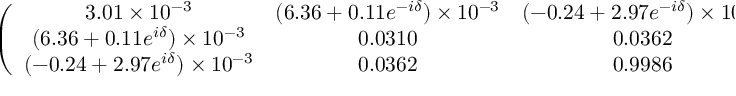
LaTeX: \left( \begin{array} { c c c } { { 3 . 0 1 \times 1 0 ^ { - 3 } } } & { { ( 6 . 3 6 + 0 . 1 1 e ^ { - i \delta } ) \times 1 0 ^ { - 3 } } } & { { ( - 0 . 2 4 + 2 . 9 7 e ^ { - i \delta } ) \times 1 0 ^ { - 3 } } } \\ { { ( 6 . 3 6 + 0 . 1 1 e ^ { i \delta } ) \times 1 0 ^ { - 3 } } } & { { 0 . 0 3 1 0 } } & { { 0 . 0 3 6 2 } } \\ { { ( - 0 . 2 4 + 2 . 9 7 e ^ { i \delta } ) \times 1 0 ^ { - 3 } } } & { { 0 . 0 3 6 2 } } & { { 0 . 9 9 8 6 } } \end{array} \right) \ \ ,